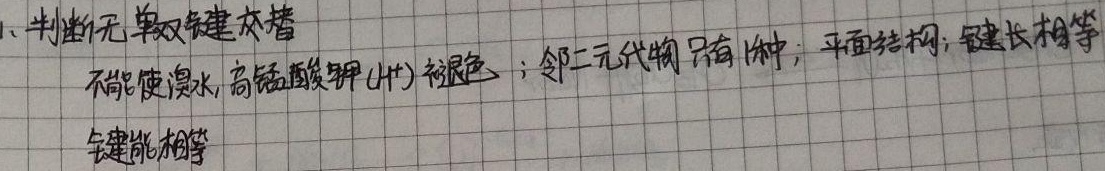
1. 判断：无单双键交替，不能使溴水、高锰酸钾\((H^+)\)褪色；邻二元代物只有\(1\)种；平面结构；键长相等，键能相等